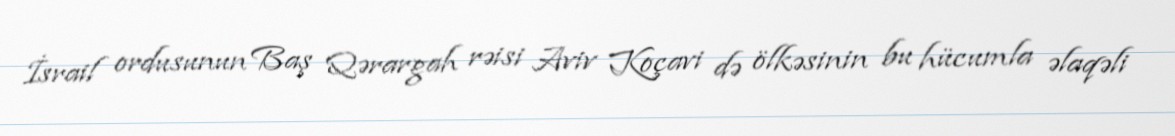
İsrail ordusunun Baş Qərargah rəisi Aviv Koçavi də ölkəsinin bu hücumla əlaqəli